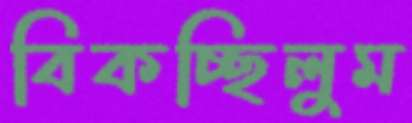
বিকচ্ছিলুম